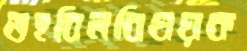
তহবিলবিষয়ক